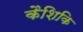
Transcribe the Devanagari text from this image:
कैशिकि